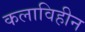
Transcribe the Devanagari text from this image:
कलाविहीन